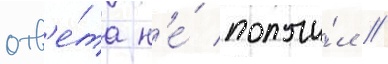
отв'е́та н'е́ получи́л //